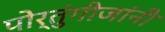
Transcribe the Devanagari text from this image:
पोर्तुंगीजांनी